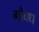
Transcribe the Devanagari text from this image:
गौवध